Indian Civil Veterinary Department memoirs
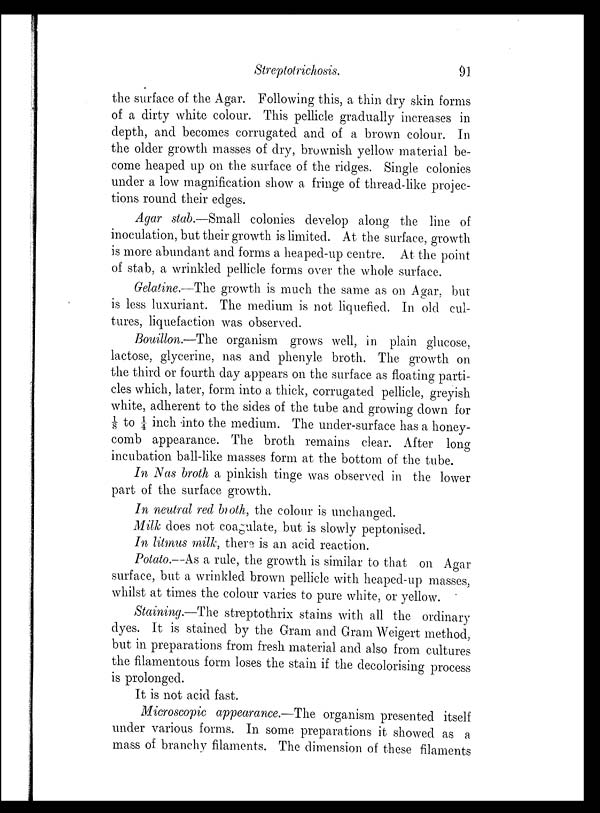
Streptotrichosis.
91
the surface of the Agar. Following this, a thin dry skin forms
of a dirty white colour. This pellicle gradually increases in
depth, and becomes corrugated and of a brown colour. In
the older growth masses of dry, brownish yellow material be-
come heaped up on the surface of the ridges. Single colonies
under a low magnification show a fringe of thread-like projec-
tions round their edges.
Agar stab.—Small colonies develop along the line of
inoculation, but their growth is limited. At the surface, growth
is more abundant and forms a heaped-up centre. At the point
of stab, a wrinkled pellicle forms over the whole surface.
Gelatine.—The growth is much the same as on Agar, but
is less luxuriant. The medium is not liquefied. In old cul-
tures, liquefaction was observed.
Bouillon.—The organism grows well, in plain glucose,
lactose, glycerine, nas and phenyle broth. The growth on
the third or fourth day appears on the surface as floating parti-
cles which, later, form into a thick, corrugated pellicle, greyish
white, adherent to the sides of the tube and growing down for
1/8 to ¼ inch into the medium. The under-surface has a honey-
comb appearance. The broth remains clear. After long
incubation ball-like masses form at the bottom of the tube.
In Nas broth a pinkish tinge was observed in the lower
part of the surface growth.
In neutral red broth, the colour is unchanged.
Milk does not coagulate, but is slowly peptonised.
In litmus milk, there is an acid reaction.
Potato.—As a rule, the growth is similar to that on Agar
surface, but a wrinkled brown pellicle with heaped-up masses,
whilst at times the colour varies to pure white, or yellow.
Staining.—The streptothrix stains with all the ordinary
dyes. It is stained by the Gram and Gram Weigert method,
but in preparations from fresh material and also from cultures
the filamentous form loses the stain if the decolorising process
is prolonged.
It is not acid fast.
Microscopic appearance.—The organism presented itself
under various forms. In some preparations it showed as a
mass of branchy filaments. The dimension of these filaments